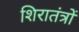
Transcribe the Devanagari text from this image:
शिरातंत्रों